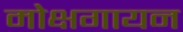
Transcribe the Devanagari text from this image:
मोक्षगायन